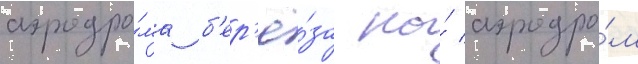
аэродро́ма б'ер'ё́за на́ аэродро́м